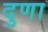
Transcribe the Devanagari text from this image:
दुणा